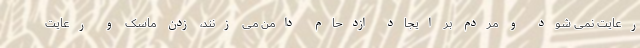
رعایت نمی شود و مردم بر ایجاد ازدحام دامن می زنند، زدن ماسک و رعایت